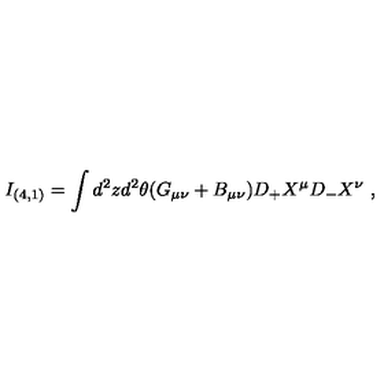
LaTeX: I _ { ( 4 , 1 ) } = \int d ^ { 2 } z d ^ { 2 } \theta ( G _ { \mu \nu } + B _ { \mu \nu } ) D _ { + } X ^ { \mu } D _ { - } X ^ { \nu } \ ,